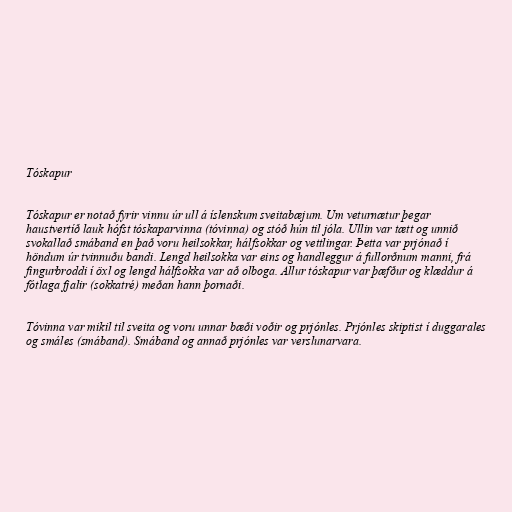
Tóskapur

Tóskapur er notað fyrir vinnu úr ull á íslenskum sveitabæjum. Um veturnætur þegar
haustvertíð lauk hófst tóskaparvinna (tóvinna) og stóð hún til jóla. Ullin var tætt og unnið
svokallað smáband en það voru heilsokkar, hálfsokkar og vettlingar. Þetta var prjónað í
höndum úr tvinnuðu bandi. Lengd heilsokka var eins og handleggur á fullorðnum manni, frá
fingurbroddi í öxl og lengd hálfsokka var að olboga. Allur tóskapur var þæfður og klæddur á
fótlaga fjalir (sokkatré) meðan hann þornaði.

Tóvinna var mikil til sveita og voru unnar bæði voðir og prjónles. Prjónles skiptist í duggarales
og smáles (smáband). Smáband og annað prjónles var verslunarvara.